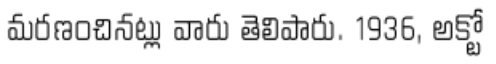
మరణంచినట్లు వారు తెలిపారు. 1936, అక్టో